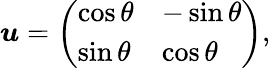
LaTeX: \begin{array}{r}{\boldsymbol{{u}}=\left(\begin{array}{ll}{\cos\theta}&{-\sin\theta}\\ {\sin\theta}&{\cos\theta}\end{array}\right),}\end{array}